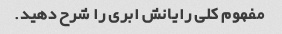
مفهوم کلی رایانش ابری را شرح دهید.